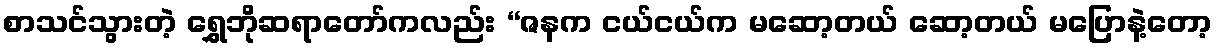
စာသင်သွားတဲ့ ရွှေဘိုဆရာတော်ကလည်း “ဇနက ငယ်ငယ်က မဆော့တယ် ဆော့တယ် မပြောနဲ့တော့